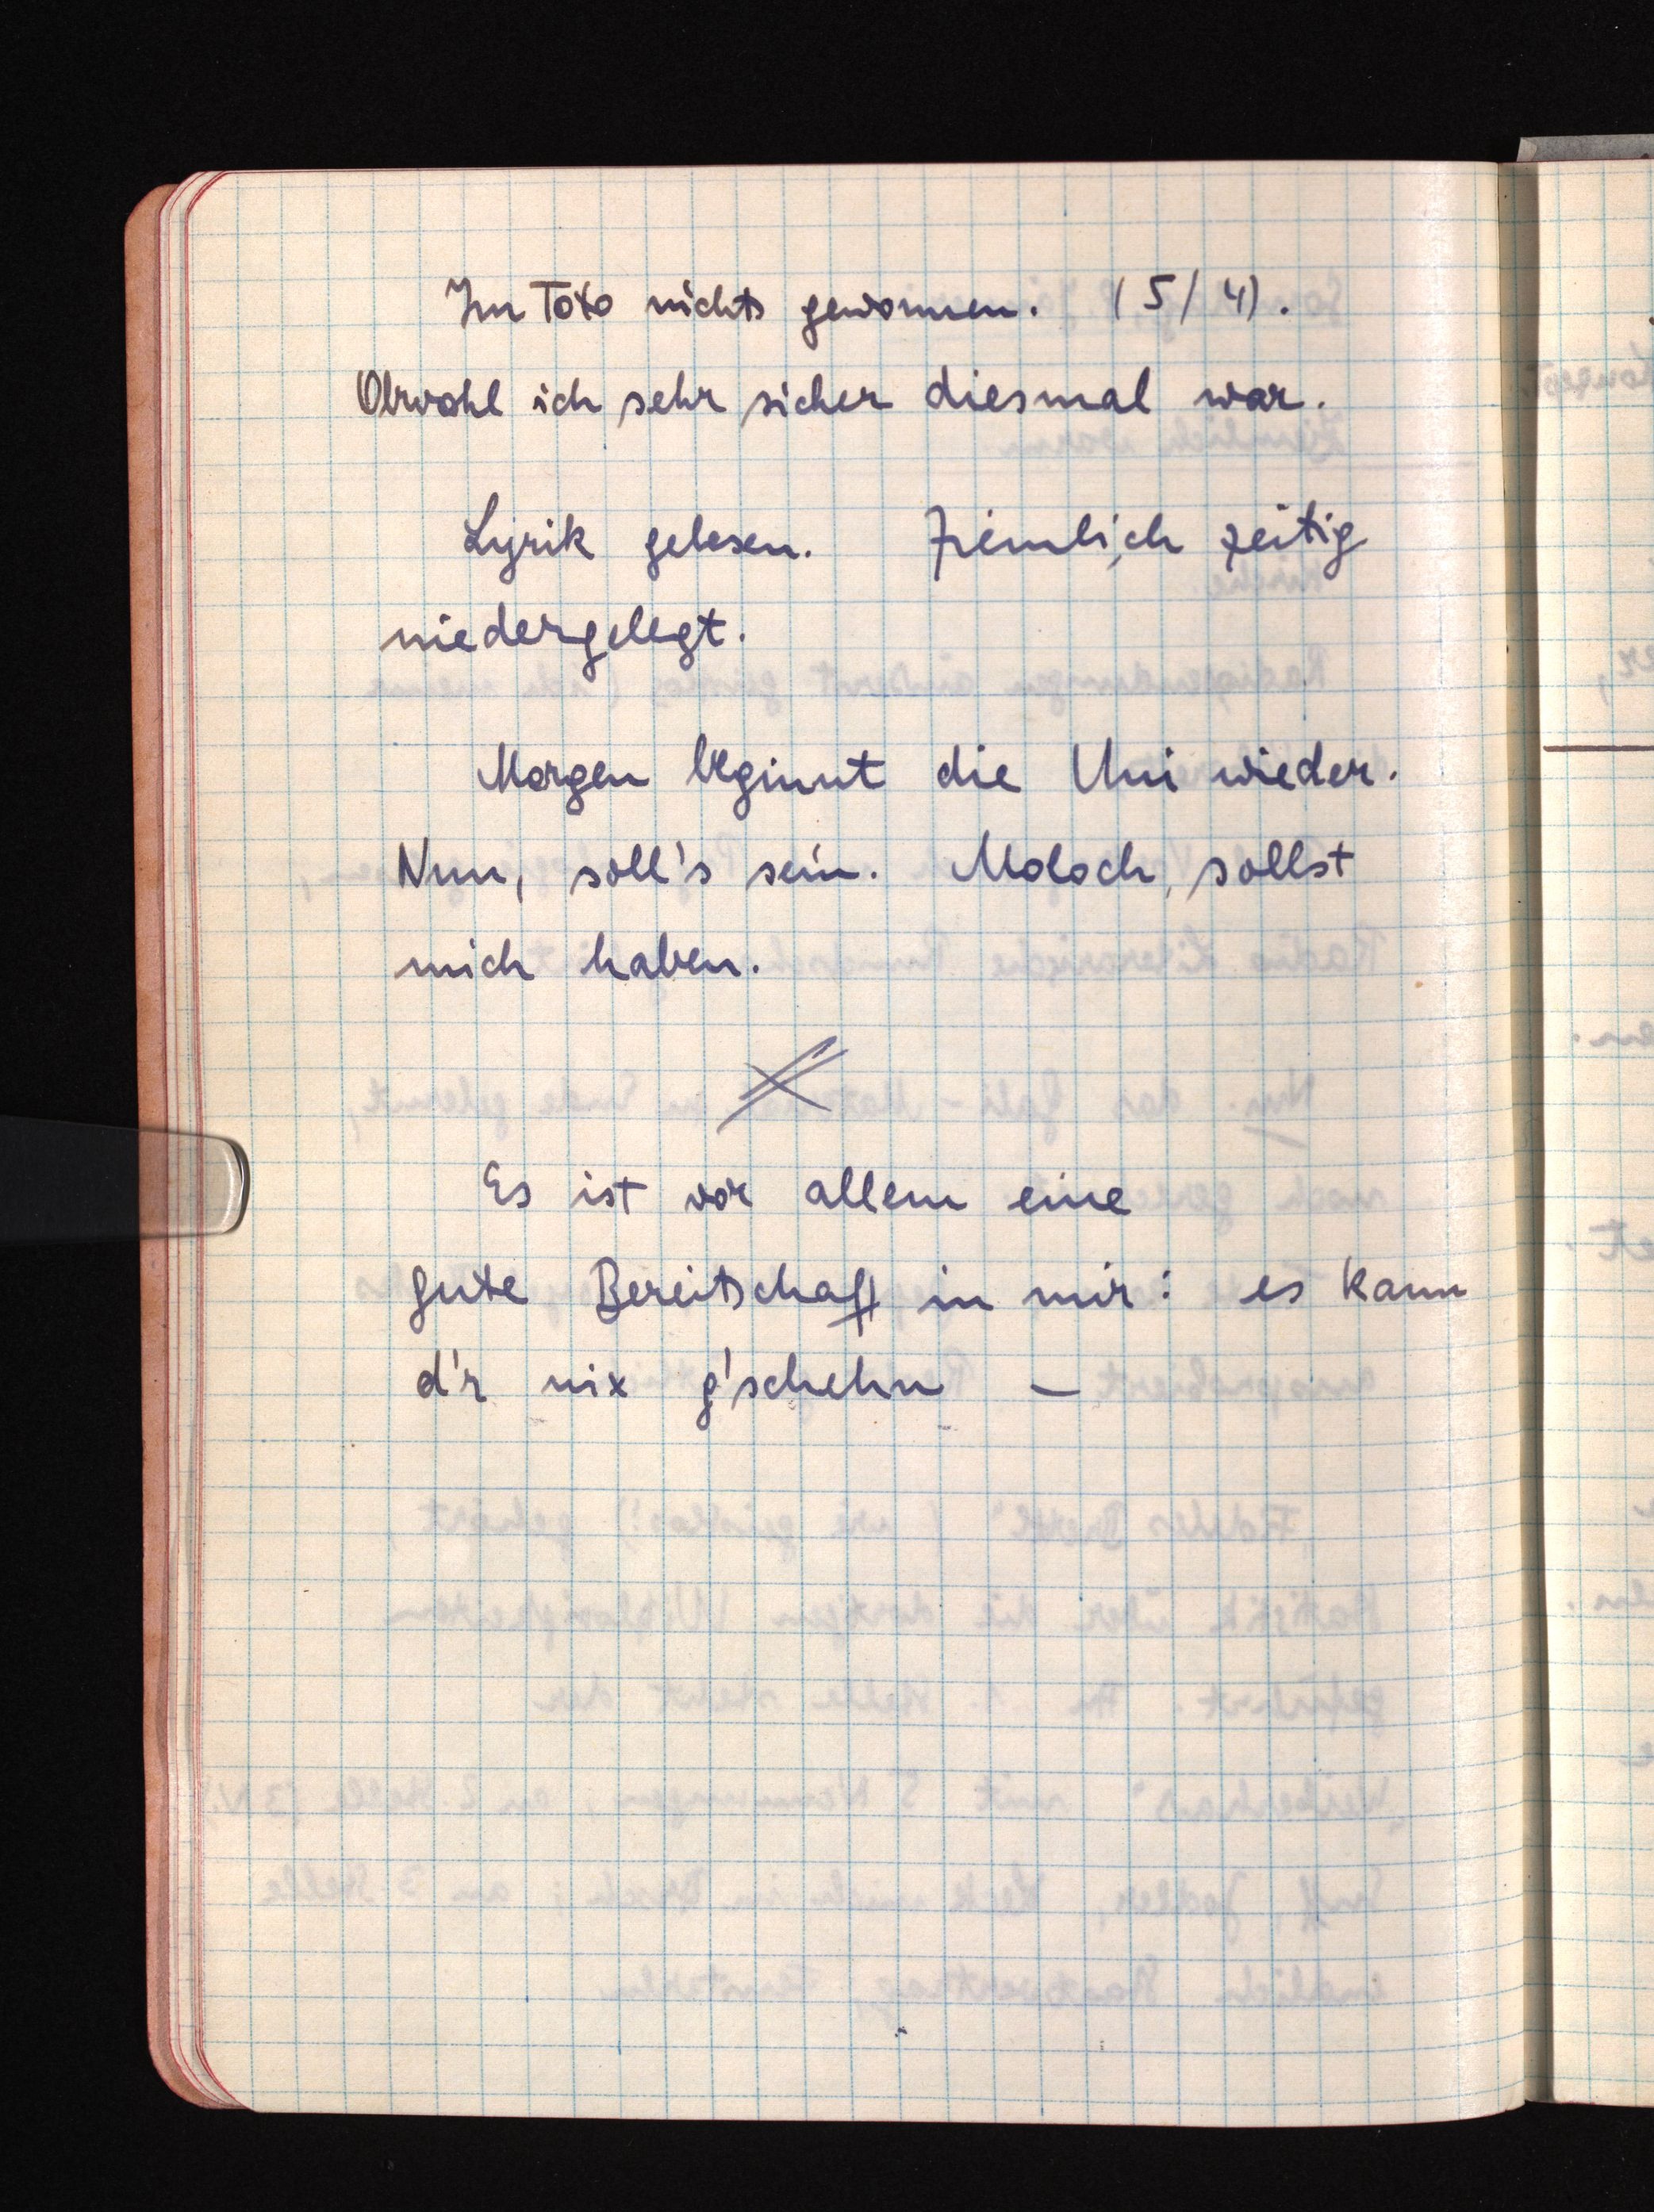
Im Toto nichts gewonnen. (5/4).
Obwohl ich sehr sicher diesmal war.
Lyrik gelesen. Ziemlich zeitig
niedergelegt.
Morgen beginnt die Uni wieder.
Nun, soll's sein. Moloch, sollst
mich haben.
Es ist vor allem eine
gute Bereitschaft in mir: es kann
d'r nix g'schehn -